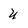
Character: y